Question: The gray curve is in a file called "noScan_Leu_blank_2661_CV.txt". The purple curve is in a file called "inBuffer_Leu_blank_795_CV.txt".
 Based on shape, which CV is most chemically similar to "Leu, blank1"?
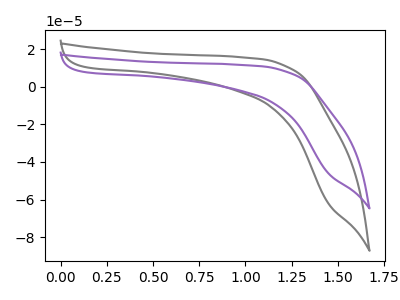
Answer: <think>The gray curve "Leu, blank1" has no peaks. The purple curve "Leu, blank2" has no peaks.
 Neither "Leu, blank1" or "Leu, blank2" have any peaks.</think>
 <answer>The CV with the most similar shape to "Leu, blank2" is "Leu, blank1".</answer>
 <eval>"Leu, blank1"</eval>